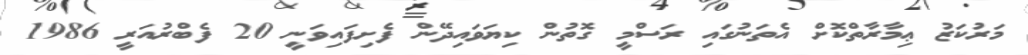
މަރުކަޒު ޢިމާރާތްކޮށް އެތަނުގައި ރަސްމީ ގޮތުން ކިޔަވައިދޭން ފެށިފައިވަނީ 20 ފެބްރުއަރީ 1986